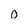
Character: 0